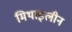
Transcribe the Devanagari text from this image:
मिथाइलीन